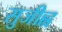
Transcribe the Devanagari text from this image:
सुजीह्व